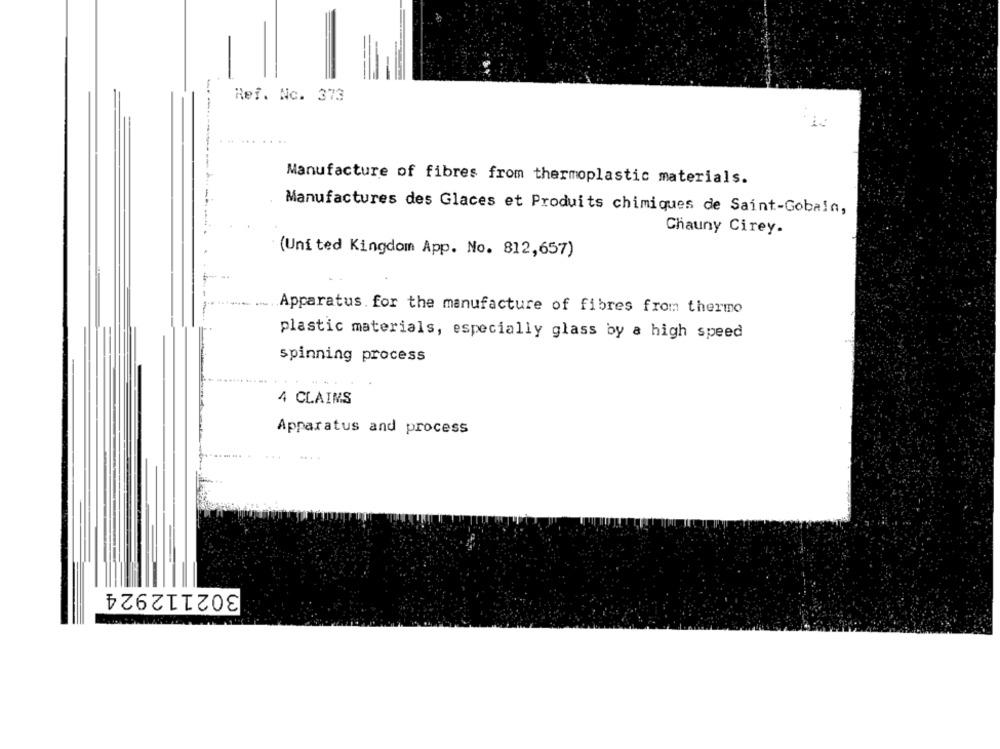
-
Ref. Nc. 373
.... ....
Manufacture of fibres from thermoplastic materials.
Manufactures des Glaces et Produits chimiques de Saint-Gobain,
Chauny Cirey.
(United Kingdom App. No. 812,657)
Apparatus. for the manufacture of fibres from thermo
---...---
plastic materials, especially glass by a high speed
spinning process
4 CLAIMS
Apparatus and process
...
302112924